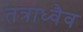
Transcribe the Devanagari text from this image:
तत्राध्वैव